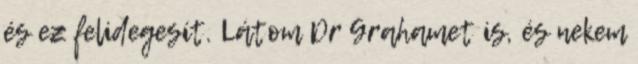
és ez felidegesít. Látom Dr Grahamet is, és nekem